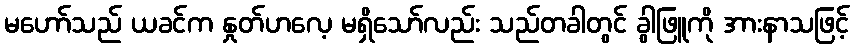
မဟော်သည် ယခင်က နှုတ်ဟလေ့ မရှိသော်လည်း သည်တခါတွင် ခွါဖြူကို အားနာသဖြင့်